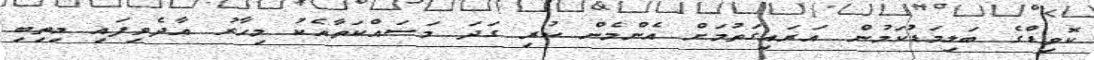
ކޮވިޑްގެ ބަލިމަޑުކަމުން އަރައިގަތުމަށް އެންމެން ކުރި ގަދަ މަސައްކަތާއެކު މިހާރު އާދެވިފައި މިތިބި